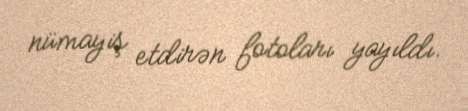
nümayiş etdirən fotoları yayıldı.